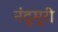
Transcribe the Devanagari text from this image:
नंदुमुरी